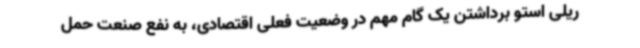
ریلی استو برداشتن یک گام مهم در وضعیت فعلی اقتصادی، به نفع صنعت حمل